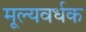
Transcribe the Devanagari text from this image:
मूल्यवर्धक